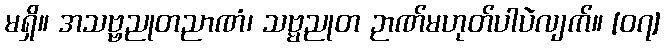
မရှိ။ အသဗ္ဗညုတညာဏံ၊ သဗ္မညုတ ဉာဏ်မဟုတ်ပါပဲလျက်။ [၀၇]